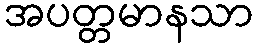
အပတ္တမာနသာ